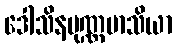
ဒေါသိနပုဏ္ဏမာသိယာ